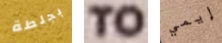
بجلطة TO إيمي